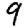
Digit: 9